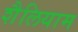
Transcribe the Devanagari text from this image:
शैलियाम